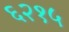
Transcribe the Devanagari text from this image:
६२१५